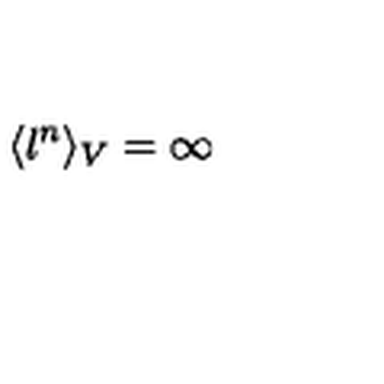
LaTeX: \langle l ^ { n } \rangle _ { V } = \infty